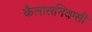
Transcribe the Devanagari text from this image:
कैलासनिवासी